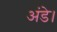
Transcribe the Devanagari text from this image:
अंडे।